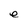
Character: e